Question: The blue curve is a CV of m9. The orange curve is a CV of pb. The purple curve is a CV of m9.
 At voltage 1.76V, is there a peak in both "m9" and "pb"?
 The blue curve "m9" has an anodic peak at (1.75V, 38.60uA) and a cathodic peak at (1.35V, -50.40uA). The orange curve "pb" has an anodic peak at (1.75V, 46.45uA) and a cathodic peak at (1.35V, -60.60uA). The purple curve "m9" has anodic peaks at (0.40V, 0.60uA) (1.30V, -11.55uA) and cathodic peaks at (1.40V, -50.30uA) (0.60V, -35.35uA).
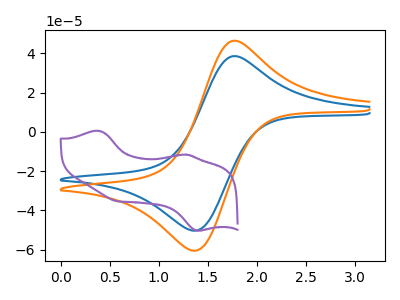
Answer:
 <answer>Yes, "m9" and "pb" share a peak at 1.76V.</answer>
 <eval>match</eval>